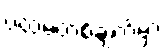
ပထမတစ်ချက်မှာ